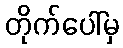
တိုက်ပေါ်မှ